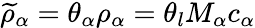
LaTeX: \widetilde{\rho}_{\alpha}=\theta_{\alpha}\rho_{\alpha}=\theta_{l}M_{\alpha}c_{\alpha}